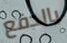
بالدفع